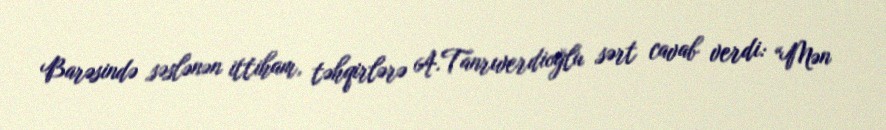
Barəsində səslənən ittiham, təhqirlərə A.Tanrıverdioğlu sərt cavab verdi: “Mən